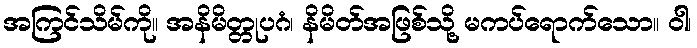
အကြင်သိမ်ကို။ အနိမိတ္တုပဂံ၊ နိမိတ်အဖြစ်သို့ မကပ်ရောက်သော။ ဝါ၊